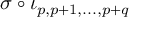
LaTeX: \sigma \circ \iota _ { p , p + 1 , . . . , p + q }